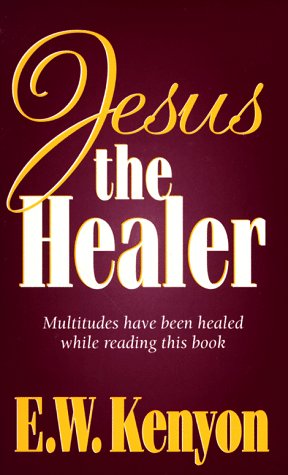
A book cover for Jesus The Healer; KENYON E W; Christian Books & Bibles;